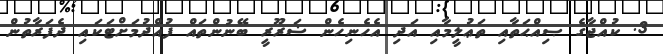
3. ކުއްޖާގެ ޞިއްޙަތާއި ތަޢުލީމާއި އަދި އެހެނިހެން ޟަރޫރީ ބޭނުންތައް ފުއްދުމަށްޓަކައި ދެފަރާތުން